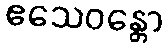
ဧသေဝန္တော